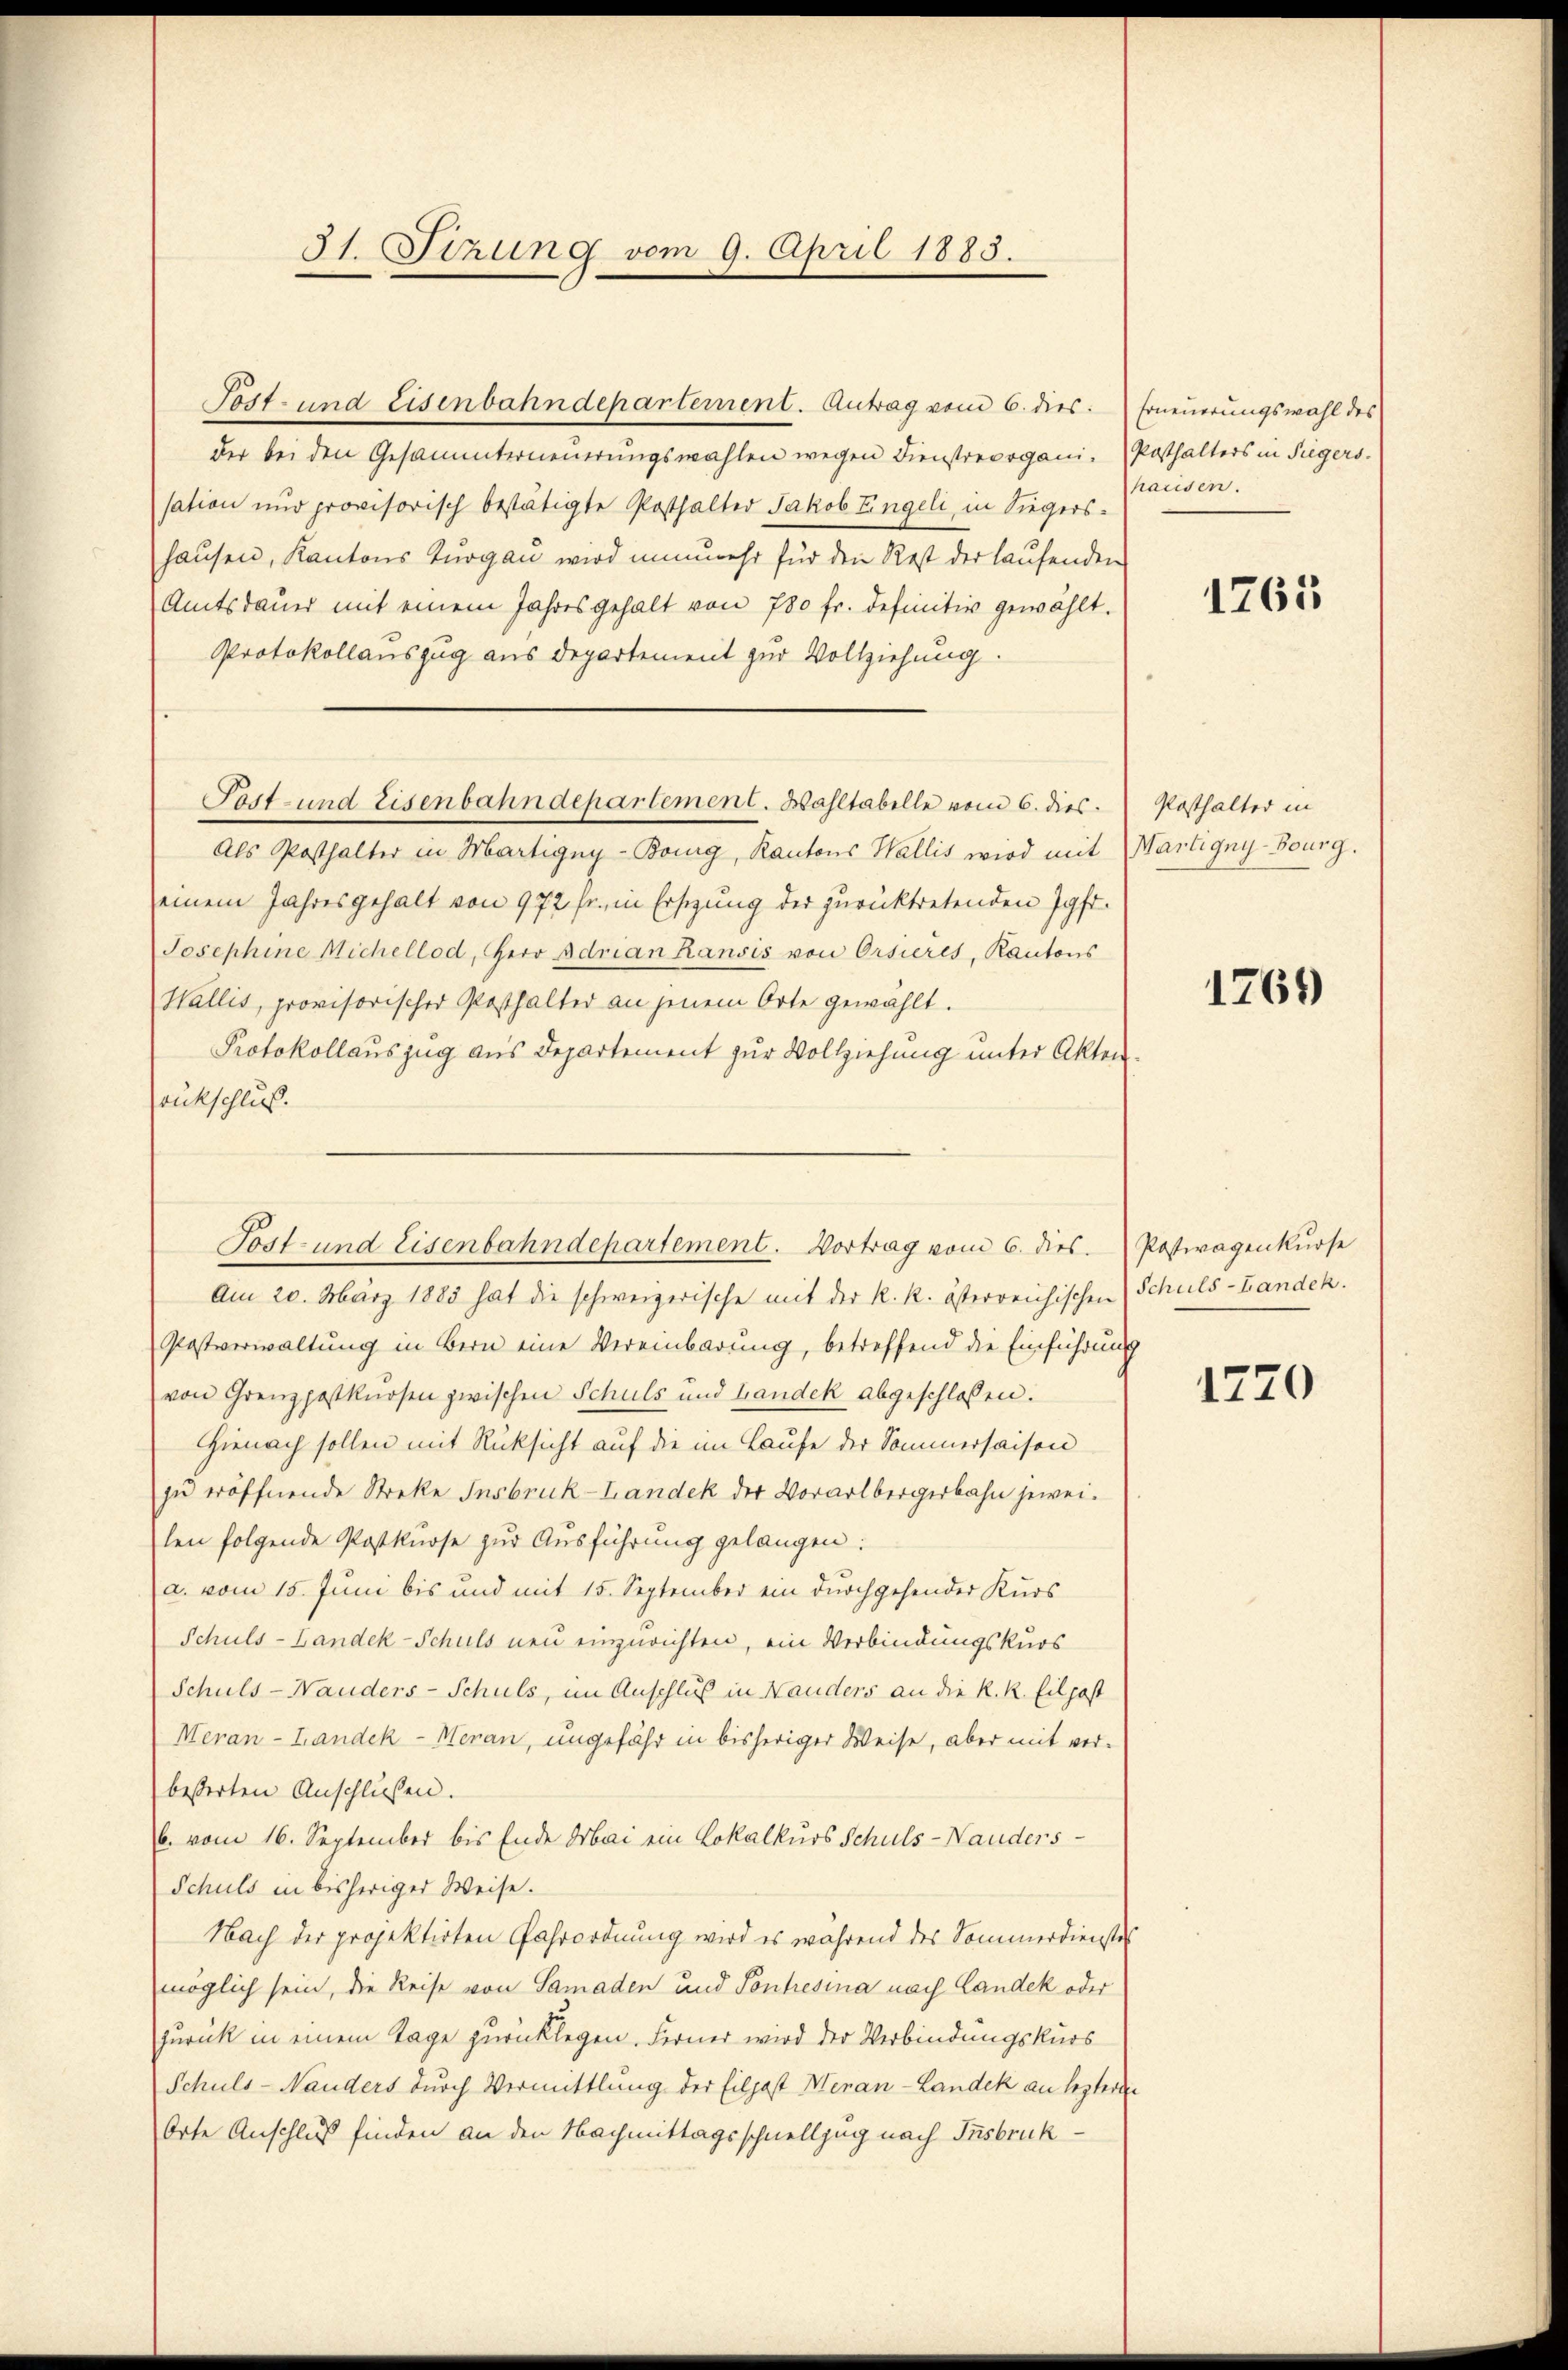
31. Sitzung vom 9. April 1883.

der bei den Gesammterneuerungswahlen wegen Dienstreorganisation und provisorisch bestätigte Posthalter Jakob Eingeli, in Siegershausen, Kantons Turgau wird nunmehr für den Rest der laufenden
Amtsdauer mit einem Jahresgehalt von 780 fr. definitiv gewählt.
Protokollauszug aus departement zur Vollziehung.
Als Posthalter in Martigny-Bonig, Kantons Wallis wird mit
einem Jahresgehalt von 972 fr., in Ersezung der zurücktretenden Jgfr.
Josephine Michellod, Herr Adrian Ransis von Orsieres, Kantons
Wallis, provisorischer Posthalter an jenem Orte gewählt.
Protokollauszug aus Departement zur Vollziehung unter Akten
rückschluß.
Am 20. März 1883 hat die schweizerische mit der k. k. österreichischen
Postverwaltung in Bern eine Vereinbarung, betreffend die Einführung
von Grenzpostkuosen zwischen Schuls und Landek abgeschlossen.
Hienach sollen mit Rücksicht auf die im Laufe der Sommersaisen
zu eröffnende Streke Insbruck-Landek der Vorarlbergerbahn jeweilen folgende Postkurse zur Ausführung gelangen:
a. vom 15. Juni bis und mit 15. September ein durchgehender Kurs
Schuls-Landek-Schuls neu einzurichten, ein Verbindungskurs
Schuls-Nauders-Schuls, im Anschluß in Nauders an die K. R. Eilpost
Meran- Landek -Meran, ungefähr in bisheriger Weise, aber mit verbesserten Anschlüssen.
b. vom 16. September bis Ende Arbei ein Lokalkurs Schuls-Nauders
Schuls in bisheriger Weise.
Nach der projektirten Fahrordnung wird es während des Sommerdienste
möglich sein, die Reise von Samaden und Pontresina nach Landek oder
zurück in einem Tage zurücklegen. Ferner wird der Verbindungskurs
Schuls-Nauders durch Vermittlung der Eilpost Meran-Landek an leztere
Orte Anschluß finden an den Nachmittagsschnellzug nach Insbruk¬

Post- und Eisenbahndepartement. Antrag vom 6. dies

Post- und Eisenbahndepartement. Wahltabelle vom 6. dies

Tost- und Eisenbahndepartement. Vortrag vom 6. dies

Erneuerungswahl des
Posthalters in Tügers.
hausen.

1765

Posthalter in
Wartigny-Burg.

1769

Postwagenkurse
Schuls-Landek.

1770